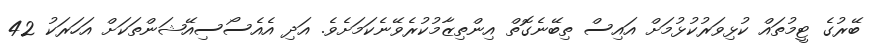
ބޭރުގެ ޓީމުތައް ކުޅިވަރުކުޅުމަށް އައިސް ތިބޭނެގޮތް އިންތިޒާމުކުރެވޭނެކަމަށެވެ. އަދި އެއެސޯސިއޭޝަންތަކަށް އަހަރަކު 42